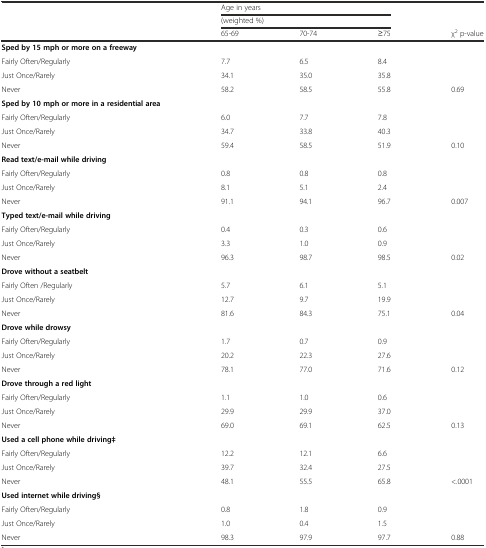
<table><thead><tr><td></td><td colspan="3"><b>Age in years</b></td><td></td></tr><tr><td></td><td colspan="3"><b>(weighted %)</b></td><td></td></tr><tr><td></td><td><b>65-69</b></td><td><b>70-74</b></td><td><b>≥75</b></td><td><b>χ<sup>2</sup> p-value</b></td></tr></thead><tbody><tr><td><b>Sped by 15 mph or more on a freeway</b></td><td></td><td></td><td></td><td></td></tr><tr><td>Fairly Often/Regularly</td><td>7.7</td><td>6.5</td><td>8.4</td><td></td></tr><tr><td>Just Once/Rarely</td><td>34.1</td><td>35.0</td><td>35.8</td><td></td></tr><tr><td>Never</td><td>58.2</td><td>58.5</td><td>55.8</td><td>0.69</td></tr><tr><td><b>Sped by 10 mph or more in a residential area</b></td><td></td><td></td><td></td><td></td></tr><tr><td>Fairly Often/Regularly</td><td>6.0</td><td>7.7</td><td>7.8</td><td></td></tr><tr><td>Just Once/Rarely</td><td>34.7</td><td>33.8</td><td>40.3</td><td></td></tr><tr><td>Never</td><td>59.4</td><td>58.5</td><td>51.9</td><td>0.10</td></tr><tr><td><b>Read text/e-mail while driving</b></td><td></td><td></td><td></td><td></td></tr><tr><td>Fairly Often/Regularly</td><td>0.8</td><td>0.8</td><td>0.8</td><td></td></tr><tr><td>Just Once/Rarely</td><td>8.1</td><td>5.1</td><td>2.4</td><td></td></tr><tr><td>Never</td><td>91.1</td><td>94.1</td><td>96.7</td><td>0.007</td></tr><tr><td><b>Typed text/e-mail while driving</b></td><td></td><td></td><td></td><td></td></tr><tr><td>Fairly Often/Regularly</td><td>0.4</td><td>0.3</td><td>0.6</td><td></td></tr><tr><td>Just Once/Rarely</td><td>3.3</td><td>1.0</td><td>0.9</td><td></td></tr><tr><td>Never</td><td>96.3</td><td>98.7</td><td>98.5</td><td>0.02</td></tr><tr><td><b>Drove without a seatbelt</b></td><td></td><td></td><td></td><td></td></tr><tr><td>Fairly Often /Regularly</td><td>5.7</td><td>6.1</td><td>5.1</td><td></td></tr><tr><td>Just Once/Rarely</td><td>12.7</td><td>9.7</td><td>19.9</td><td></td></tr><tr><td>Never</td><td>81.6</td><td>84.3</td><td>75.1</td><td>0.04</td></tr><tr><td><b>Drove while drowsy</b></td><td></td><td></td><td></td><td></td></tr><tr><td>Fairly Often/Regularly</td><td>1.7</td><td>0.7</td><td>0.9</td><td></td></tr><tr><td>Just Once/Rarely</td><td>20.2</td><td>22.3</td><td>27.6</td><td></td></tr><tr><td>Never</td><td>78.1</td><td>77.0</td><td>71.6</td><td>0.12</td></tr><tr><td><b>Drove through a red light</b></td><td></td><td></td><td></td><td></td></tr><tr><td>Fairly Often/Regularly</td><td>1.1</td><td>1.0</td><td>0.6</td><td></td></tr><tr><td>Just Once/Rarely</td><td>29.9</td><td>29.9</td><td>37.0</td><td></td></tr><tr><td>Never</td><td>69.0</td><td>69.1</td><td>62.5</td><td>0.13</td></tr><tr><td><b>Used a cell phone while driving‡</b></td><td></td><td></td><td></td><td></td></tr><tr><td>Fairly Often/Regularly</td><td>12.2</td><td>12.1</td><td>6.6</td><td></td></tr><tr><td>Just Once/Rarely</td><td>39.7</td><td>32.4</td><td>27.5</td><td></td></tr><tr><td>Never</td><td>48.1</td><td>55.5</td><td>65.8</td><td>&lt;.0001</td></tr><tr><td><b>Used internet while driving§</b></td><td></td><td></td><td></td><td></td></tr><tr><td>Fairly Often/Regularly</td><td>0.8</td><td>1.8</td><td>0.9</td><td></td></tr><tr><td>Just Once/Rarely</td><td>1.0</td><td>0.4</td><td>1.5</td><td></td></tr><tr><td>Never</td><td>98.3</td><td>97.9</td><td>97.7</td><td>0.88</td></tr></tbody></table>